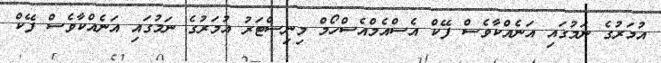
އުމަރުގެ ނަމުގައި އަނެއްކާވެސް ފޭކް އެސްއެމްއެސްހޯމް މިނިސްޓަރު އުމަރުގެ ނަމުގައި އަނެއްކާވެސް ފޭކް